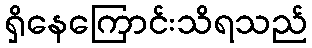
ရှိနေကြောင်းသိရသည်